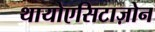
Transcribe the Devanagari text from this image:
थायोएसिटाज़ोन